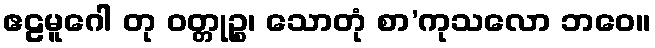
ဧဠမူဂေါ တု ဝတ္တုဉ္စ၊ သောတုံ စာ’ကုသလော ဘဝေ။